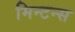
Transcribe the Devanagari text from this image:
मिन्टन्स